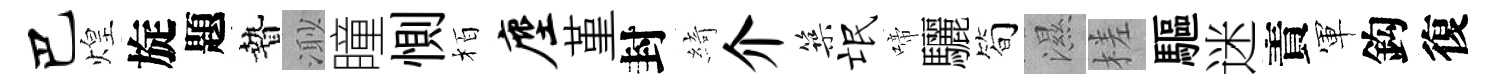
巴煌旋題贄𣺌瞳惻栢麈堇封綺介築氓啼驪筍濕槎驅迷責軍鈎復